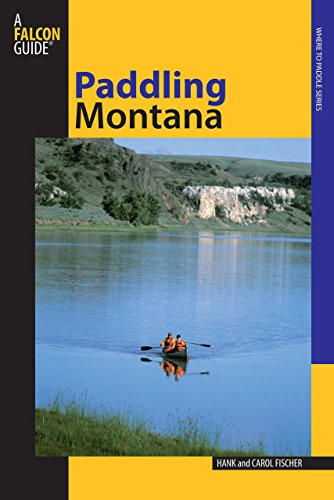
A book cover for Paddling Montana, 2nd (Regional Paddling Series); Hank Fischer; Sports & Outdoors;